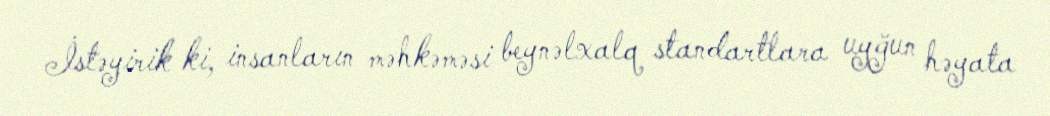
İstəyirik ki, insanların məhkəməsi beynəlxalq standartlara uyğun həyata